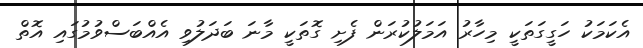
އެކަމަކު ހަގީގަތަކީ މިހާރު އަމަލުކުރަން ފެށި ގޮތަކީ މާނަ ބަދަލުވި އެއްބަސްވުމުގައި އޮތް